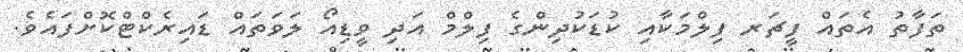
ތަފާތު އެތައް ފީޗަރ ފިލްމަކާއި ކުޑަކުދިންގެ ފިލްމް އަދި ވީޑިއޯ ލަވަތައް ޑައިރެކްޓްކޮށްފައެވެ.